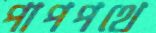
পাপপথে